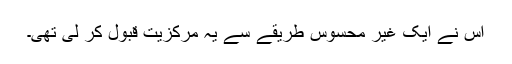
اس نے ایک غیر محسوس طریقے سے یہ مرکزیت قبول کر لی تھی۔